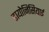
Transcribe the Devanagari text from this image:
डायोनिसियाई